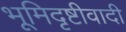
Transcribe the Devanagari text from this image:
भूमिदृष्टीवादी